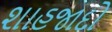
શાહજાદો